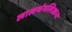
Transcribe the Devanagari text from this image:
लालथंगलिआना